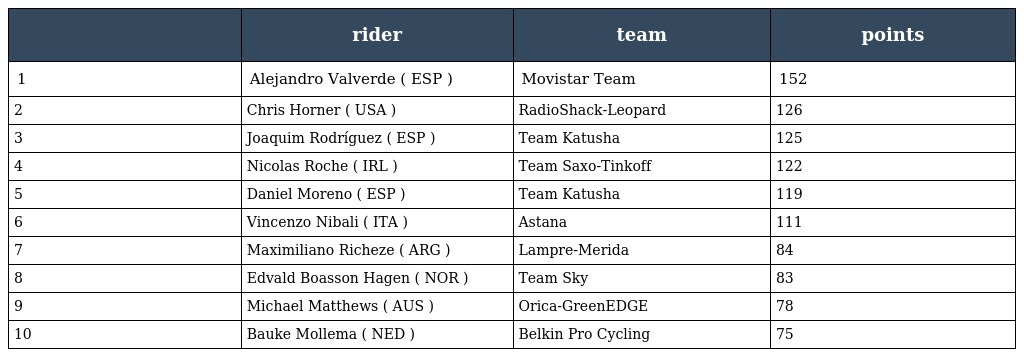
|  | rider | team | points |
 | --- | --- | --- | --- |
 | 1 | Alejandro Valverde ( ESP ) | Movistar Team | 152 |
 | 2 | Chris Horner ( USA ) | RadioShack-Leopard | 126 |
 | 3 | Joaquim Rodríguez ( ESP ) | Team Katusha | 125 |
 | 4 | Nicolas Roche ( IRL ) | Team Saxo-Tinkoff | 122 |
 | 5 | Daniel Moreno ( ESP ) | Team Katusha | 119 |
 | 6 | Vincenzo Nibali ( ITA ) | Astana | 111 |
 | 7 | Maximiliano Richeze ( ARG ) | Lampre-Merida | 84 |
 | 8 | Edvald Boasson Hagen ( NOR ) | Team Sky | 83 |
 | 9 | Michael Matthews ( AUS ) | Orica-GreenEDGE | 78 |
 | 10 | Bauke Mollema ( NED ) | Belkin Pro Cycling | 75 |